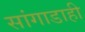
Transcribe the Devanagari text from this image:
सांगाडाही